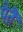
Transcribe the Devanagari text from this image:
पेतैं